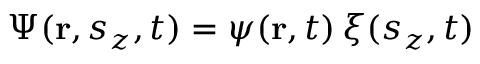
\Psi ( \mathbf { r } , s _ { z } , t ) = \psi ( \mathbf { r } , t ) \, \xi ( s _ { z } , t )